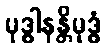
မုဒ္ဓါနန္တိမုဒ္ဓံ